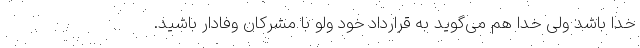
خدا باشد ولی خدا هم می‌گوید به قرارداد خود ولو با مشرکان وفادار باشید.